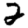
Digit: 2